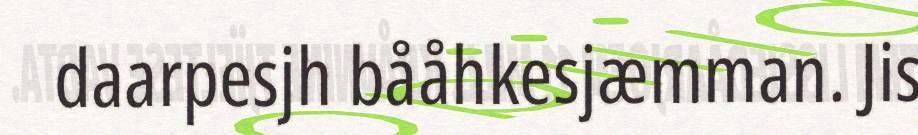
daarpesjh bååhkesjæmman. Jis